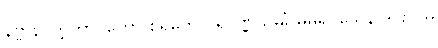
နိဗ္ဗာနပ္ပတ္တိဘာဝတော စရတေ ပရိပုဏ္ဏသမင်္ဂိမဓုရဝသေန ဒါဌာဝုဓ